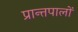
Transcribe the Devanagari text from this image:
प्रान्तपालों